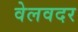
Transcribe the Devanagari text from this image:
वेलवदर